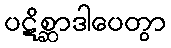
ပဋိစ္ဆာဒါပေတွာ